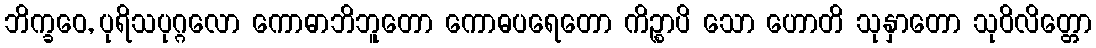
ဘိက္ခဝေ, ပုရိသပုဂ္ဂလော ကောဓာဘိဘူတော ကောဓပရေတော ကိဉ္စာပိ သော ဟောတိ သုနှာတော သုဝိလိတ္တော